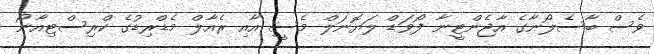
ވެސް ބާސެލޯނާގެ އާޖެންޓީނާ ފޯވަޑް ލަޔޮނަލް މެސީ އާއި ރެއާލް މެޑްރިޑުގެ ކްރިސްޓިއާނޯ